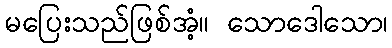
မပြေးသည်ဖြစ်အံ့။ သောဒေါသော၊